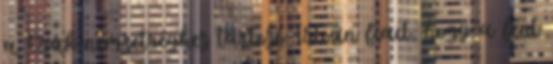
a Csák nemzetséghez tartozó István fiait, hogy a fent